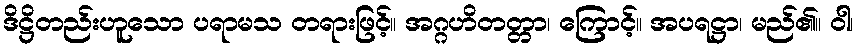
ဒိဋ္ဌိတည်းဟူသော ပရာမသ တရားဖြင့်။ အဂ္ဂဟိတတ္တာ၊ ကြောင့်။ အပရဋ္ဌာ၊ မည်၏။ ဝါ၊